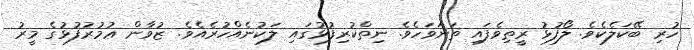
ހުރި ބޭކަލެކެވެ. ލޯފުޅު ރީތިވެފައި ތަނަވަހެވެ. ނިތްކުރިފުޅުގައި ލަކުނެއްހުރެއެވެ. ޒުވާން ޢުމުރުފުޅުގެ މީރު